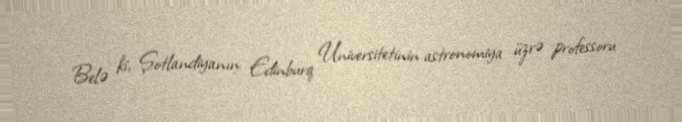
Belə ki, Şotlandiyanın Edinburq Universitetinin astronomiya üzrə professoru